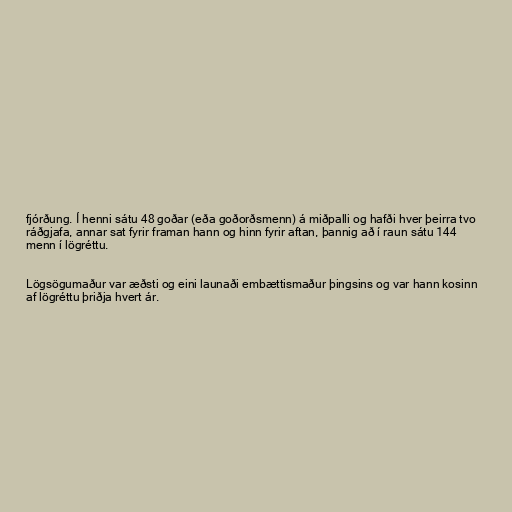
fjórðung. Í henni sátu 48 goðar (eða goðorðsmenn) á miðpalli og hafði hver þeirra tvo
ráðgjafa, annar sat fyrir framan hann og hinn fyrir aftan, þannig að í raun sátu 144
menn í lögréttu.

Lögsögumaður var æðsti og eini launaði embættismaður þingsins og var hann kosinn
af lögréttu þriðja hvert ár.